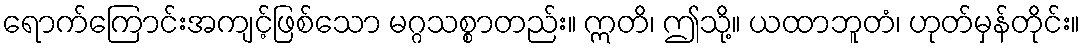
ရောက်ကြောင်းအကျင့်ဖြစ်သော မဂ္ဂသစ္စာတည်း။ ဣတိ၊ ဤသို့။ ယထာဘူတံ၊ ဟုတ်မှန်တိုင်း။